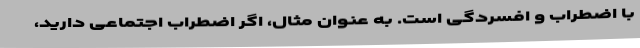
با اضطراب و افسردگی است. به عنوان مثال، اگر اضطراب اجتماعی دارید،